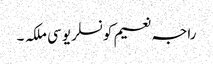
راجہ نعیم کونسلر یو سی ملکہ ۔